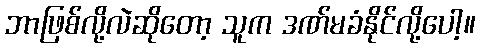
ဘာဖြစ်လို့လဲဆိုတော့ သူက ဒဏ်မခံနိုင်လို့ပေါ့။